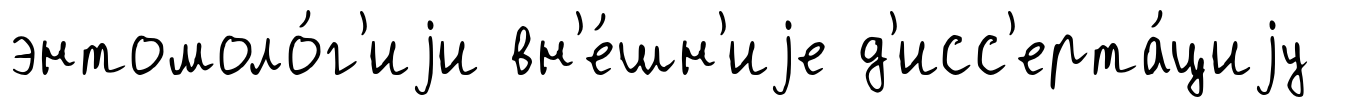
энтомоло́г'иjи вн'е́шн'иjе д'исс'ерта́циjу